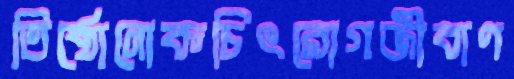
তিষ্ঠোনোকচিৎরোগজীবাণ